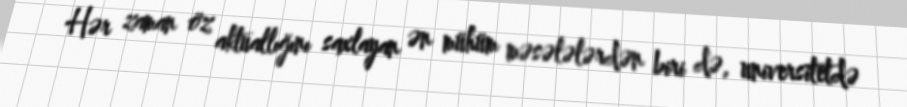
Hər zaman öz aktuallığını saxlayan ən mühüm məsələlərdən biri də, universitetdə